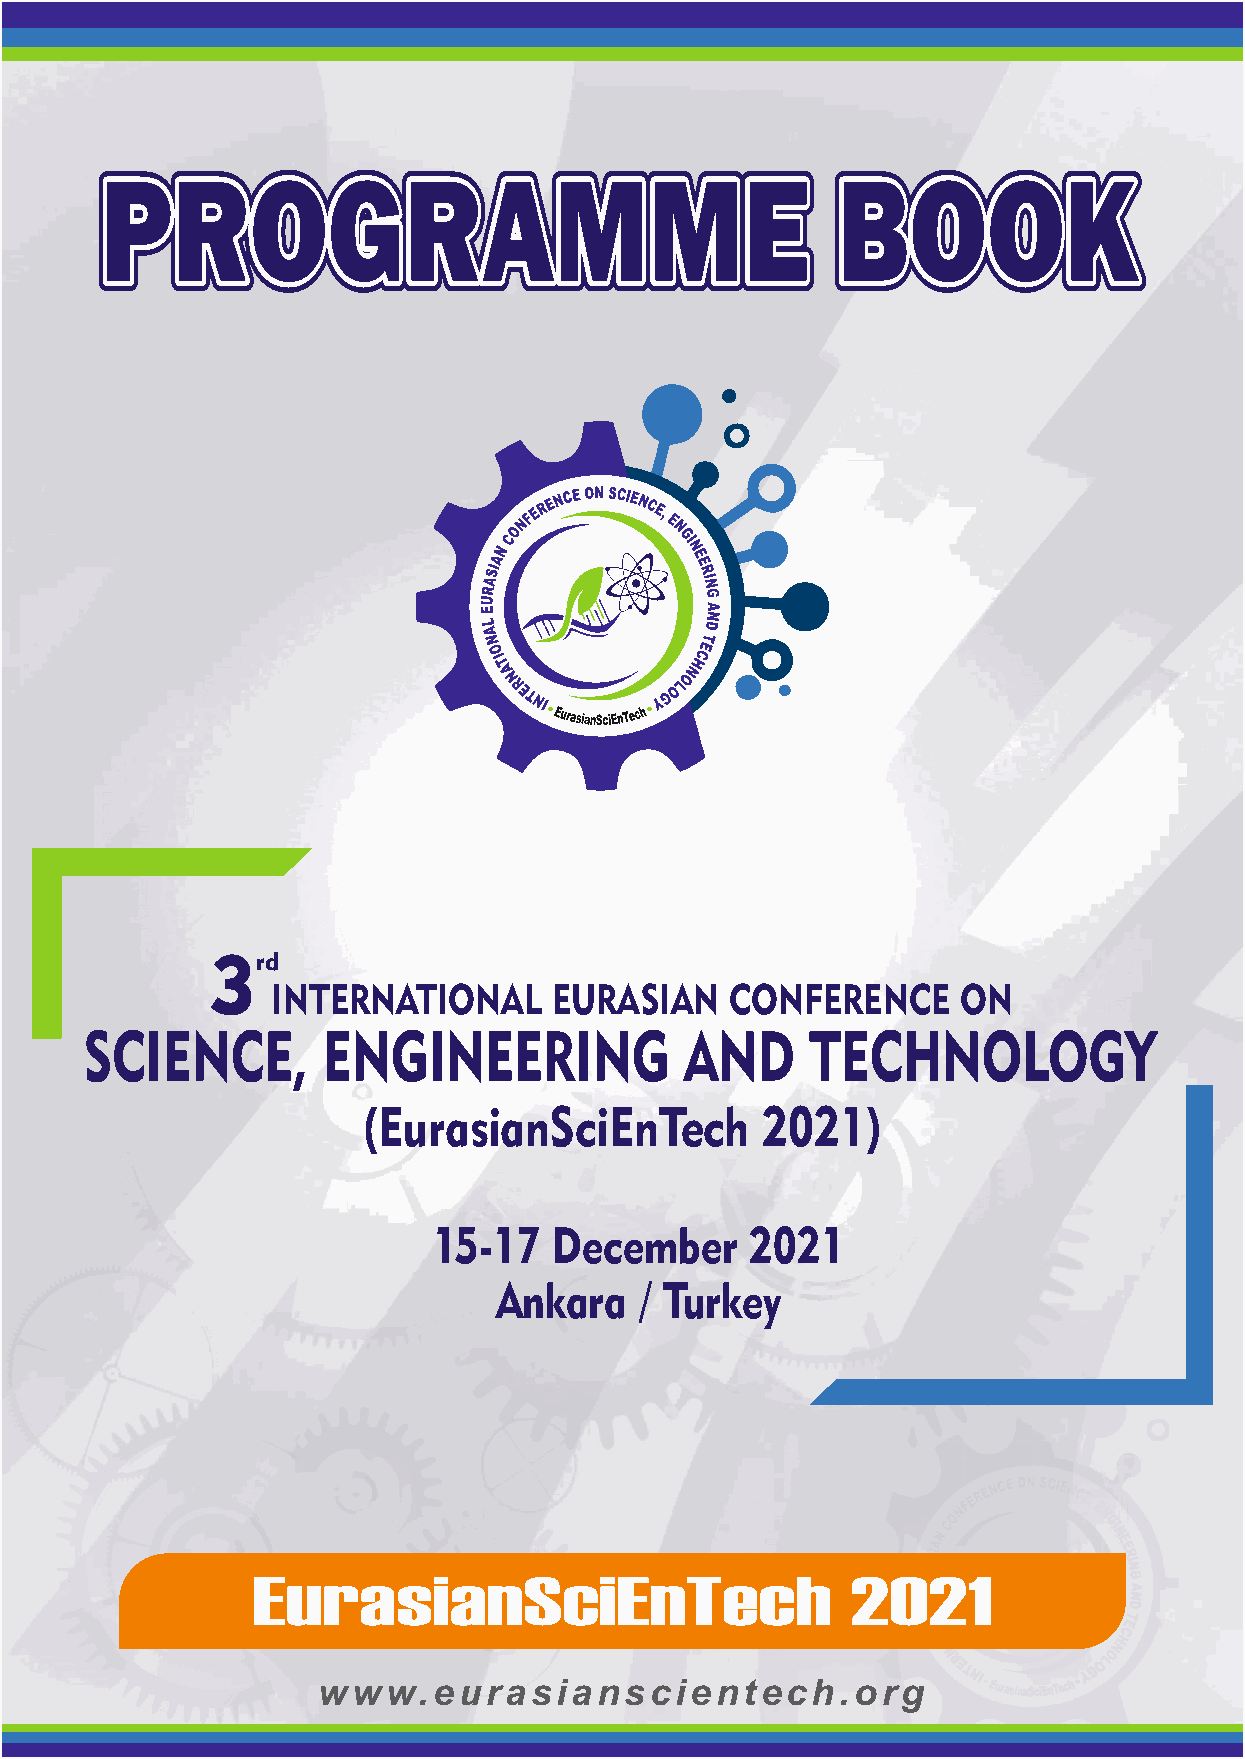
3rd
 INTERNATIONAL      EURASIAN   CONFERENCE      ON
 SCIENCE,       ENGINEERING             AND      TECHNOLOGY
 (EurasianSciEnTech         2021)
 15-17   December     2021
 Ankara   / Turkey
 EurasianSciEnTech                      2021
 www.eurasanscentech.org